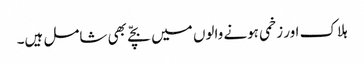
ہلاک اور زخمی ہونے والوں میں بچّے بھی شامل ہیں۔